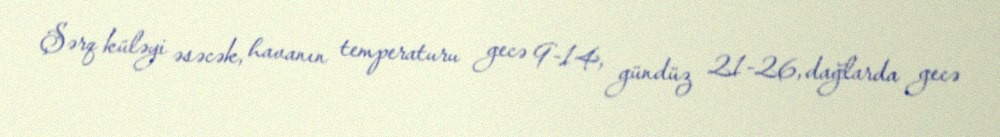
Şərq küləyi əsəcək, havanın temperaturu gecə 9-14, gündüz 21-26, dağlarda gecə